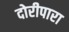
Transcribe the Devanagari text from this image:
दोरीपारा